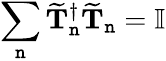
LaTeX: \sum_{\mathtt{n}}\mathbf{{\widetilde{{T}}}}_{\mathtt{n}}^{\dagger}\mathbf{{\widetilde{{T}}}}_{\mathtt{n}}=\mathbb{{I}}